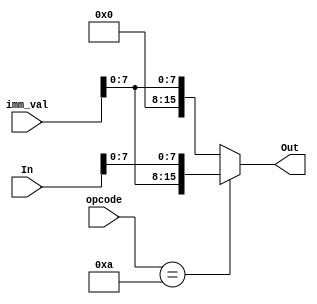
`define LHB 4'b1010
`define LLB 4'b1011

module reg_load_LHB_LLB(opcode, In, imm_val, Out);
    parameter DSIZE = 16;
    input [3:0] opcode;
    //LHB = 1010
    //LLB = 1011
    input [DSIZE-1:0] In;
    input [15:0] imm_val;
    
    output [DSIZE-1:0] Out;
    assign Out = (opcode==`LHB)? {imm_val[7:0], In[7:0]} : ($signed(imm_val[7:0]));    
endmodule